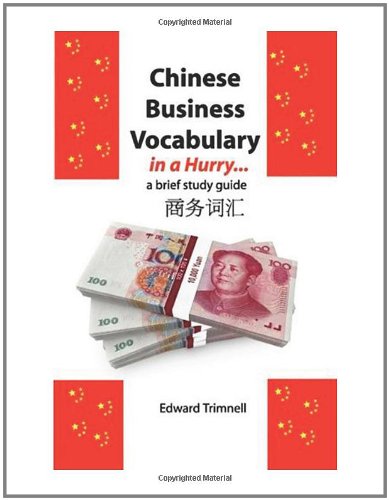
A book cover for Chinese Business Vocabulary in a Hurry: a Brief Study Guide; Edward Trimnell; Travel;